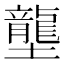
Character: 壟